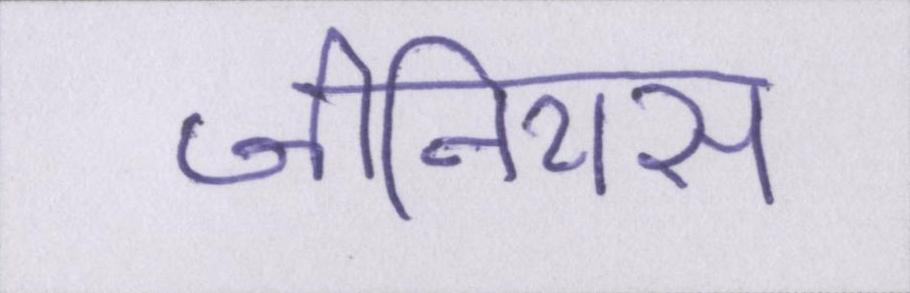
जीनियस